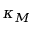
\kappa _ { M }